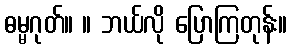
ဓမ္မဂုတ်။ ။ ဘယ်လို ပြောကြတုန်း။